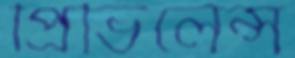
প্রিভিলেন্স